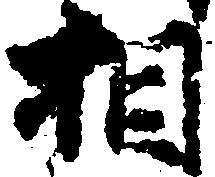
相